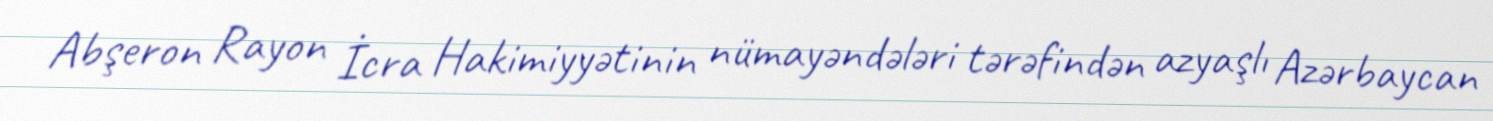
Abşeron Rayon İcra Hakimiyyətinin nümayəndələri tərəfindən azyaşlı Azərbaycan